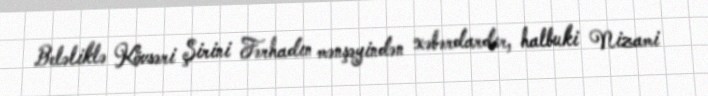
Beləliklə Kövsəri Şirini Fərhadın mənşəyindən xəbərdardır, halbuki Nizami